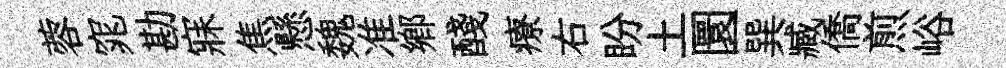
蓉窕勘寐焦懸魏准郷醆療右盼土圜巽臧僑煎峪